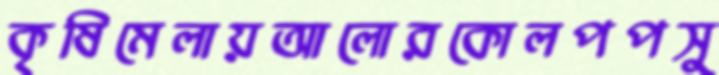
কৃষিমেলায়আলোরকোলপপসু